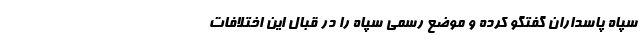
سپاه پاسداران گفتگو کرده و موضع رسمی سپاه را در قبال این اختلافات